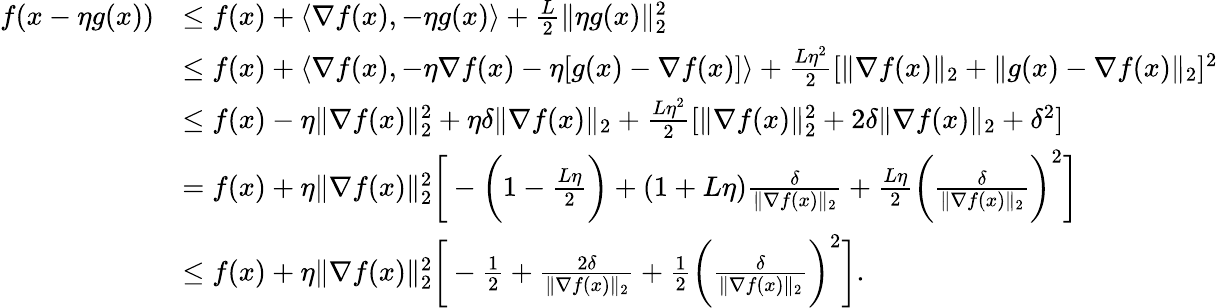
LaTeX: \begin{array}{rl}{f(x-\eta g(x))}&{\leq f(x)+\langle\nabla f(x),-\eta g(x)\rangle+\frac{L}{2}\| \eta g(x)\| _{2}^{2}}\\ &{\leq f(x)+\langle\nabla f(x),-\eta\nabla f(x)-\eta[g(x)-\nabla f(x)]\rangle+\frac{L\eta^{2}}{2}[\| \nabla f(x)\| _{2}+\| g(x)-\nabla f(x)\| _{2}]^{2}}\\ &{\leq f(x)-\eta\| \nabla f(x)\| _{2}^{2}+\eta\delta\| \nabla f(x)\| _{2}+\frac{L\eta^{2}}{2}[\| \nabla f(x)\| _{2}^{2}+2\delta\| \nabla f(x)\| _{2}+\delta^{2}]}\\ &{=f(x)+\eta\| \nabla f(x)\| _{2}^{2}\bigg[-\bigg(1-\frac{L\eta}{2}\bigg)+(1+L\eta)\frac{\delta}{\| \nabla f(x)\| _{2}}+\frac{L\eta}{2}\bigg(\frac{\delta}{\| \nabla f(x)\| _{2}}\bigg)^{2}\bigg]}\\ &{\leq f(x)+\eta\| \nabla f(x)\| _{2}^{2}\bigg[-\frac{1}{2}+\frac{2\delta}{\| \nabla f(x)\| _{2}}+\frac{1}{2}\bigg(\frac{\delta}{\| \nabla f(x)\| _{2}}\bigg)^{2}\bigg].}\end{array}